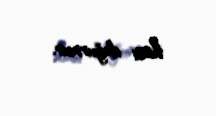
hissi doğurmur.